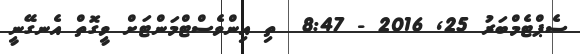
ސެޕްޓެމްބަރު 25